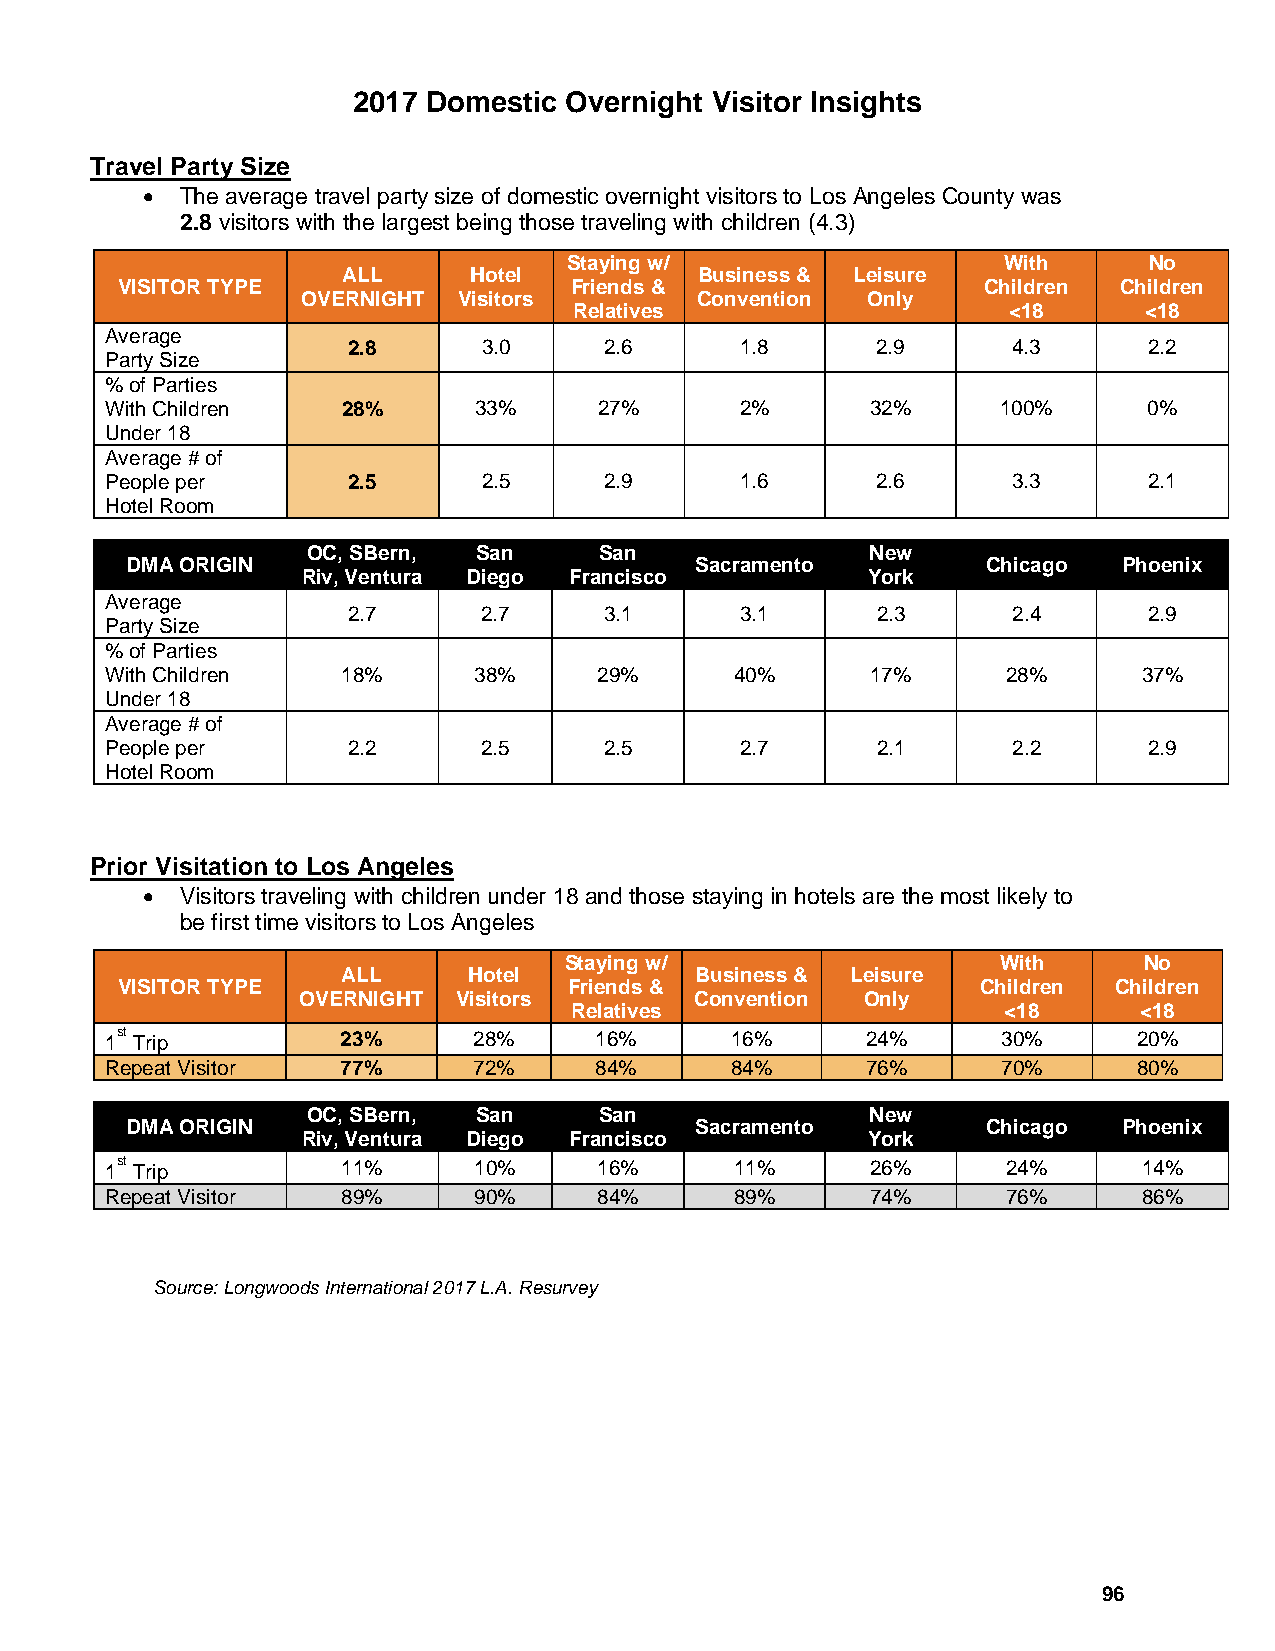
2017 Domestic Overnight Visitor Insights
 Travel Party Size
 •  The average travel party size of domestic overnight visitors to Los Angeles County was
 2.8 visitors with the largest being those traveling with children (4.3)
 Staying w/                  With      No
 ALL     Hotel          Business & Leisure
 VISITOR TYPE                  Friends &                  Children Children
 OVERNIGHT Visitors        Convention Only
 Relatives                    <18      <18
 Average
 2.8      3.0     2.6      1.8      2.9      4.3      2.2
 Party Size
 % of Parties
 With Children   28%     33%      27%      2%       32%     100%      0%
 Under 18
 Average # of
 People per      2.5      2.5     2.9      1.6      2.6      3.3      2.1
 Hotel Room
 OC, SBern,  San     San               New
 DMA ORIGIN                            Sacramento         Chicago  Phoenix
 Riv, Ventura Diego Francisco         York
 Average
 2.7      2.7     3.1      3.1      2.3      2.4      2.9
 Party Size
 % of Parties
 With Children   18%     38%      29%      40%      17%      28%      37%
 Under 18
 Average # of
 People per      2.2      2.5     2.5      2.7      2.1      2.2      2.9
 Hotel Room
 Prior Visitation to Los Angeles
 •  Visitors traveling with children under 18 and those staying in hotels are the most likely to
 be first time visitors to Los Angeles
 Staying w/                   With      No
 ALL     Hotel          Business & Leisure
 VISITOR TYPE                  Friends &                  Children Children
 OVERNIGHT Visitors        Convention Only
 Relatives                    <18     <18
 1st Trip        23%     28%     16%      16%      24%      30%      20%
 Repeat Visitor  77%     72%     84%      84%      76%      70%      80%
 OC, SBern,  San     San               New
 DMA ORIGIN                            Sacramento         Chicago  Phoenix
 Riv, Ventura Diego Francisco         York
 1st Trip        11%     10%      16%      11%      26%      24%      14%
 Repeat Visitor  89%     90%      84%      89%      74%      76%      86%
 Source: Longwoods International 2017 L.A. Resurvey
 96